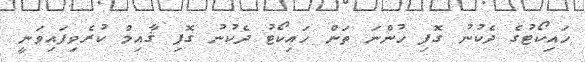
ހައިކޯޓުގެ ދެކުނު ގޮފި ހުންނަ ތަން ހައިކޯޓު ދެކުނު ގޮފި ޤާއިމް ކުރެވިފައިވަނީ